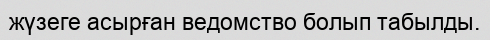
жүзеге асырған ведомство болып табылды.